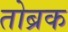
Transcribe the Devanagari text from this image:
तोब्रक